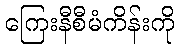
ကြေးနီစီမံကိန်းကို